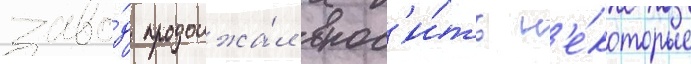
заво́д продолжа́л внос'и́ть н'е́которые